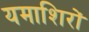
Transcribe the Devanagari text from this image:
यमाशिरों